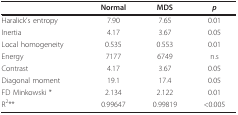
|  | Normal | MDS | p |
 | --- | --- | --- | --- |
 | Haralick's entropy | 7.90 | 7.65 | 0.01 |
 | Inertia | 4.17 | 3.67 | 0.05 |
 | Local homogeneity | 0.535 | 0.553 | 0.01 |
 | Energy | 7177 | 6749 | n.s |
 | Contrast | 4.17 | 3.67 | 0.05 |
 | Diagonal moment | 19.1 | 17.4 | 0.05 |
 | FD Minkowski * | 2.134 | 2.122 | 0.01 |
 | R2** | 0.99647 | 0.99819 | <0.005 |